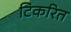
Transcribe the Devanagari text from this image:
टिकरित